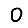
Digit: 0